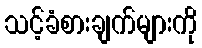
သင့်ခံစားချက်များကို